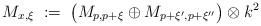
\begin{align*}M_{x,\xi} \; := \; \big(M_{p,p+\xi} \oplus M_{p+\xi',p+\xi''}\big) \otimes k^2\end{align*}